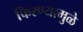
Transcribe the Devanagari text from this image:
फिरण्यामुळे